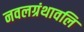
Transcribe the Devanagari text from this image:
नवलग्रंथावलि